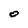
Character: O